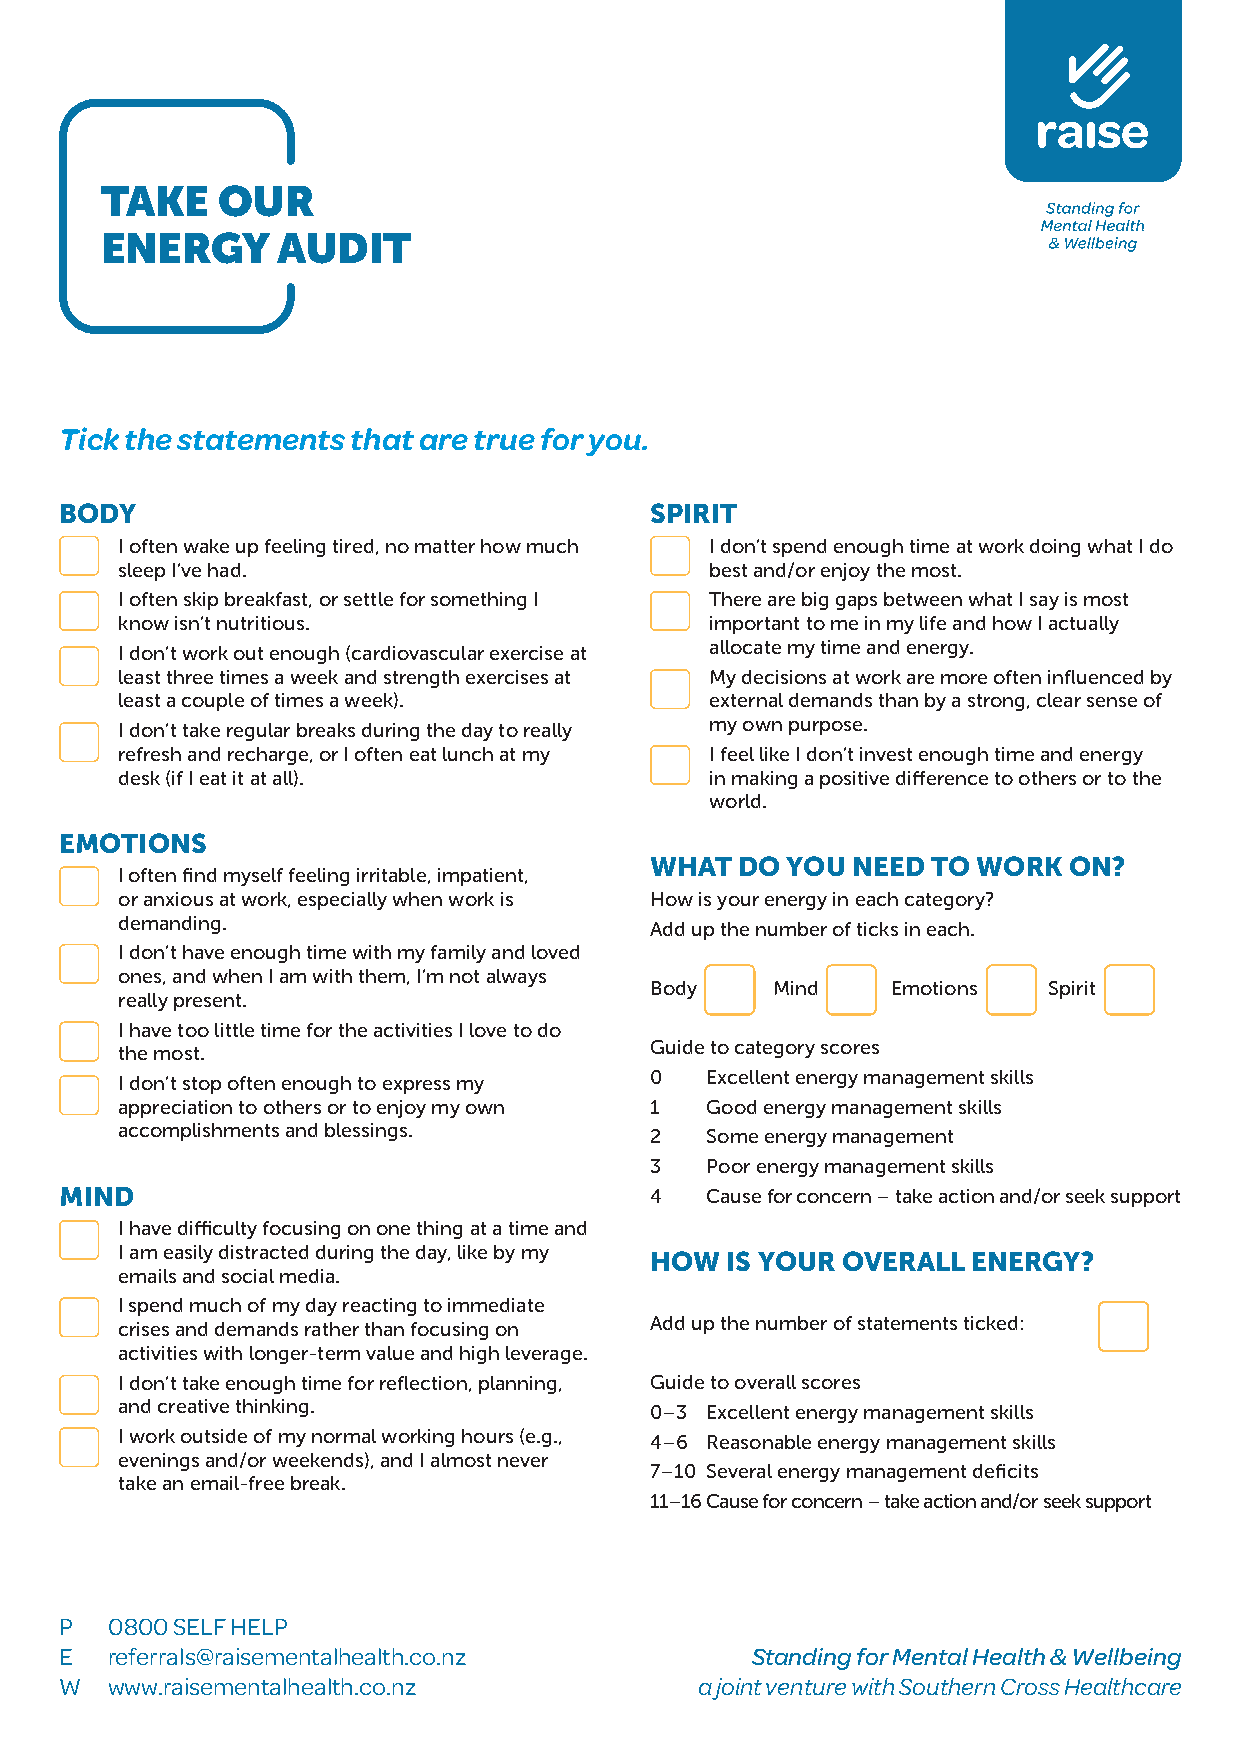
TAKE   OUR
 ENERGY     AUDIT
 Tick the statements that are true for you.
 BODY                                   SPIRIT
 I often wake up feeling tired, no matter how much I don’t spend enough time at work doing what I do
 sleep I’ve had.                        best and/or enjoy the most.
 I often skip breakfast, or settle for something I There are big gaps between what I say is most
 know isn’t nutritious.                 important to me in my life and how I actually
 I don’t work out enough (cardiovascular exercise at allocate my time and energy.
 least three times a week and strength exercises at My decisions at work are more often influenced by
 least a couple of times a week).       external demands than by a strong, clear sense of
 I don’t take regular breaks during the day to really my own purpose.
 refresh and recharge, or I often eat lunch at my I feel like I don’t invest enough time and energy
 desk (if I eat it at all).             in making a positive difference to others or to the
 world.
 EMOTIONS
 WHAT  DO YOU NEED  TO WORK  ON?
 I often find myself feeling irritable, impatient,
 or anxious at work, especially when work is How is your energy in each category?
 demanding.                         Add up the number of ticks in each.
 I don’t have enough time with my family and loved
 ones, and when I am with them, I’m not always
 Body    Mind    Emotions  Spirit
 really present.
 I have too little time for the activities I love to do
 the most.                          Guide to category scores
 I don’t stop often enough to express my 0 Excellent energy management skills
 appreciation to others or to enjoy my own 1 Good energy management skills
 accomplishments and blessings.     2   Some energy management
 3   Poor energy management skills
 MIND                                   4   Cause for concern – take action and/or seek support
 I have difficulty focusing on one thing at a time and
 I am easily distracted during the day, like by my HOW IS YOUR OVERALL ENERGY?
 emails and social media.
 I spend much of my day reacting to immediate
 crises and demands rather than focusing on Add up the number of statements ticked:
 activities with longer-term value and high leverage.
 I don’t take enough time for reflection, planning, Guide to overall scores
 and creative thinking.             0–3 Excellent energy management skills
 I work outside of my normal working hours (e.g., 4–6 Reasonable energy management skills
 evenings and/or weekends), and I almost never
 7–10 Several energy management deficits
 take an email-free break.
 11–16 Cause for concern – take action and/or seek support
 P  0800 SELF HELP
 E  referrals@raisementalhealth.co.nz          Standing for Mental Health & Wellbeing
 W  www.raisementalhealth.co.nz            a joint venture with Southern Cross Healthcare